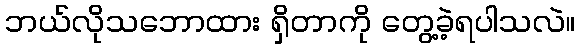
ဘယ်လိုသဘောထား ရှိတာကို တွေ့ခဲ့ရပါသလဲ။